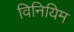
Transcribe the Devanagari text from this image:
विनियिम